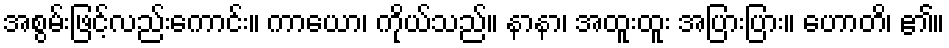
အစွမ်းဖြင့်လည်းကောင်း။ ကာယော၊ ကိုယ်သည်။ နာနာ၊ အထူးထူး အပြားပြား။ ဟောတိ၊ ၏။